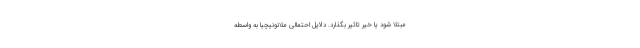
مبتلا شود یا خیر تاثیر بگذارد. دلایل احتمالی ملانونیچیا به واسطه